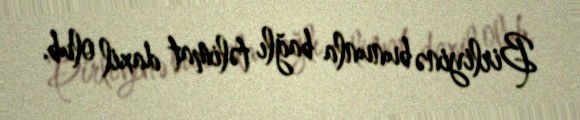
Birliyinə bununla bağlı təlimat daxil olub.